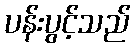
ပန်းပွင့်သည်